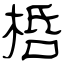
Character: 桰